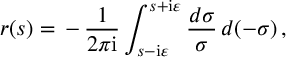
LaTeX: r ( s ) = \, - \, \frac { 1 } { 2 \pi \mathrm { i } } \int _ { s - \mathrm { i } \varepsilon } ^ { s + \mathrm { i } \varepsilon } \frac { d \sigma } { \sigma } \, d ( - \sigma ) \, ,